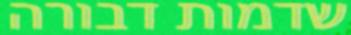
שדמות דבורה